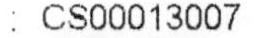
: CS00013007